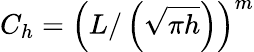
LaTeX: C_{h}=\left(L/\left(\sqrt{\pi h}\right)\right)^{m}